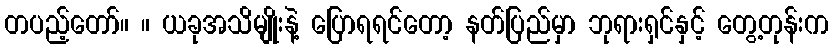
တပည့်တော်။ ။ ယခုအသိမျိုးနဲ့ ပြောရရင်တော့ နတ်ပြည်မှာ ဘုရားရှင်နှင့် တွေ့တုန်းက